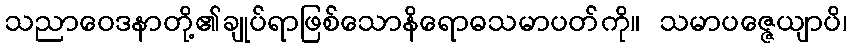
သညာဝေဒနာတို့၏ချုပ်ရာဖြစ်သောနိရောဓသမာပတ်ကို။ သမာပဇ္ဇေယျာပိ၊